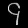
Digit: ၄